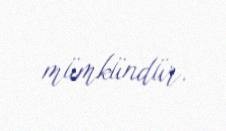
mümkündür.